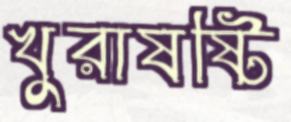
খুরাষষ্টি